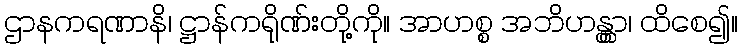
ဌာနကရဏာနိ၊ ဋ္ဌာန်ကရိုဏ်းတို့ကို။ အာဟစ္စ အဘိဟန္တွာ၊ ထိစေ၍။